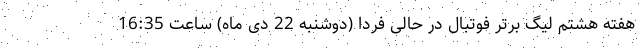
هفته هشتم لیگ برتر فوتبال در حالی فردا (دوشنبه 22 دی ماه) ساعت 16:35